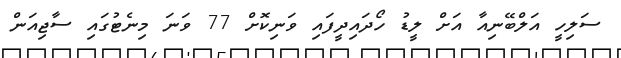
ސަލިހީ އަލްބޭނިއާ އަށް ލީޑު ހޯދައިދީފައި ވަނިކޮށް 77 ވަނަ މިނެޓުގައި ސާޖިއަން